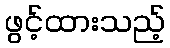
ဖွင့်ထားသည့်